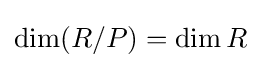
\dim(R/P)=\dim R